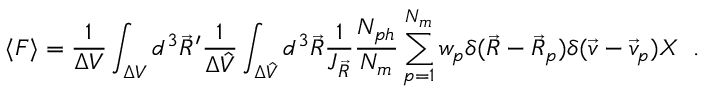
\langle F \rangle = \frac { 1 } { \Delta V } \int _ { \Delta { V } } d ^ { 3 } \Vec { R } ^ { \prime } \frac { 1 } { \Delta \hat { V } } \int _ { \Delta \hat { V } } d ^ { 3 } \Vec { R } \frac { 1 } { J _ { \Vec { R } } } \frac { N _ { p h } } { N _ { m } } \sum _ { p = 1 } ^ { N _ { m } } w _ { p } \delta ( \Vec { R } - \Vec { R } _ { p } ) \delta ( \Vec { v } - \Vec { v } _ { p } ) X \; \; .